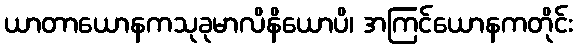
ယာတာယောနကသုခုမာလိနိယောပိ၊ အကြင်ယောနကတိုင်း